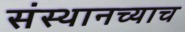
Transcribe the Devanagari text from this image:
संस्थानच्याच